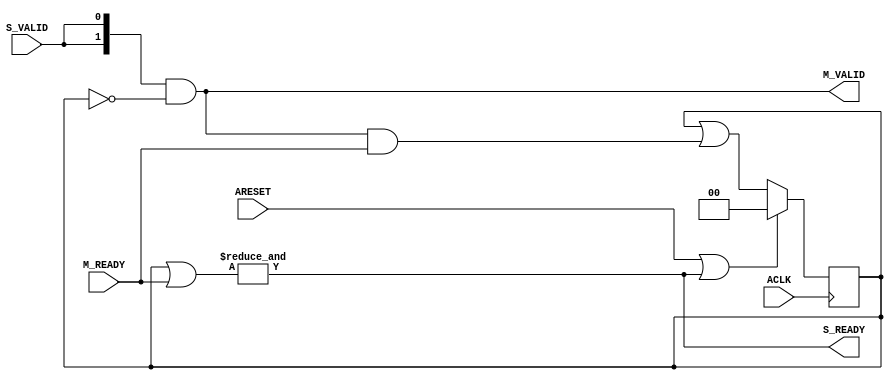
// -- (c) Copyright 2010 - 2011 Xilinx, Inc. All rights reserved.
// --
// -- This file contains confidential and proprietary information
// -- of Xilinx, Inc. and is protected under U.S. and 
// -- international copyright and other intellectual property
// -- laws.
// --
// -- DISCLAIMER
// -- This disclaimer is not a license and does not grant any
// -- rights to the materials distributed herewith. Except as
// -- otherwise provided in a valid license issued to you by
// -- Xilinx, and to the maximum extent permitted by applicable
// -- law: (1) THESE MATERIALS ARE MADE AVAILABLE "AS IS" AND
// -- WITH ALL FAULTS, AND XILINX HEREBY DISCLAIMS ALL WARRANTIES
// -- AND CONDITIONS, EXPRESS, IMPLIED, OR STATUTORY, INCLUDING
// -- BUT NOT LIMITED TO WARRANTIES OF MERCHANTABILITY, NON-
// -- INFRINGEMENT, OR FITNESS FOR ANY PARTICULAR PURPOSE; and
// -- (2) Xilinx shall not be liable (whether in contract or tort,
// -- including negligence, or under any other theory of
// -- liability) for any loss or damage of any kind or nature
// -- related to, arising under or in connection with these
// -- materials, including for any direct, or any indirect,
// -- special, incidental, or consequential loss or damage
// -- (including loss of data, profits, goodwill, or any type of
// -- loss or damage suffered as a result of any action brought
// -- by a third party) even if such damage or loss was
// -- reasonably foreseeable or Xilinx had been advised of the
// -- possibility of the same.
// --
// -- CRITICAL APPLICATIONS
// -- Xilinx products are not designed or intended to be fail-
// -- safe, or for use in any application requiring fail-safe
// -- performance, such as life-support or safety devices or
// -- systems, Class III medical devices, nuclear facilities,
// -- applications related to the deployment of airbags, or any
// -- other applications that could lead to death, personal
// -- injury, or severe property or environmental damage
// -- (individually and collectively, "Critical
// -- Applications"). Customer assumes the sole risk and
// -- liability of any use of Xilinx products in Critical
// -- Applications, subject only to applicable laws and
// -- regulations governing limitations on product liability.
// --
// -- THIS COPYRIGHT NOTICE AND DISCLAIMER MUST BE RETAINED AS
// -- PART OF THIS FILE AT ALL TIMES.
//-----------------------------------------------------------------------------
//
// Description: AXI Splitter
// Each transfer received on the AXI handshake slave port is replicated onto 
//   each of the master ports, and is completed back to the slave (S_READY) 
//   once all master ports have completed.
//   
// M_VALID is asserted combinatorially from S_VALID assertion.
// Each M_VALID is masked off beginning the cycle after each M_READY is
//   received (if S_READY remains low) until the cycle after both S_VALID
//   and S_READY are asserted.
// S_READY is asserted combinatorially when the last (or all) of the M_READY
//   inputs have been received.
// If all M_READYs are asserted when S_VALID is asserted, back-to-back
//   handshakes can occur without bubble cycles.
//
// Verilog-standard:  Verilog 2001
//--------------------------------------------------------------------------
//
// Structure:
//   splitter
//
//--------------------------------------------------------------------------
`timescale 1ps/1ps

module splitter #
  (
   parameter integer C_NUM_M = 2  // Number of master ports = [2:16]
   )
  (
   // Global Signals
   input  wire                             ACLK,
   input  wire                             ARESET,
   // Slave  Port
   input  wire                             S_VALID,
   output wire                             S_READY,
   // Master Ports
   output wire [C_NUM_M-1:0]               M_VALID,
   input  wire [C_NUM_M-1:0]               M_READY
   );

   reg  [C_NUM_M-1:0] m_ready_d;
   wire               s_ready_i;
   wire [C_NUM_M-1:0] m_valid_i;

   always @(posedge ACLK) begin
      if (ARESET | s_ready_i) m_ready_d <= {C_NUM_M{1'b0}};
      else                    m_ready_d <= m_ready_d | (m_valid_i & M_READY);
   end

   assign s_ready_i = &(m_ready_d | M_READY);
   assign m_valid_i = {C_NUM_M{S_VALID}} & ~m_ready_d;
   assign M_VALID = m_valid_i;
   assign S_READY = s_ready_i;

endmodule